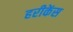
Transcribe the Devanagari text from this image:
हरीकेंस